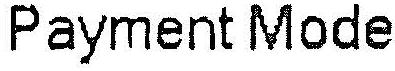
PAYMENT MODE